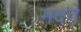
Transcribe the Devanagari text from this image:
मददे